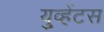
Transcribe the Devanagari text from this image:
युव्हेंटस